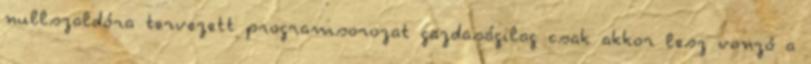
nullszaldóra tervezett programsorozat gazdaságilag csak akkor lesz vonzó a